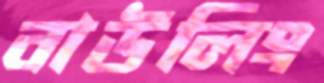
বাউলিং